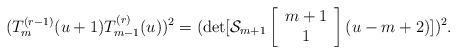
LaTeX: \begin{align*}(T_{m}^{(r-1)}(u+1)T_{m-1}^{(r)}(u))^2 =(\det[{\cal S}_{m+1} \left[ \begin{array}{c} m+1 \\ 1 \end{array} \right] (u-m+2)])^2. \end{align*}